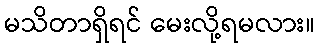
မသိတာရှိရင် မေးလို့ရမလား။